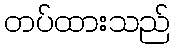
တပ်ထားသည်